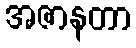
အဇာနတာ